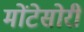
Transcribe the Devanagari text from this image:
मोंटेसोरी